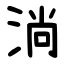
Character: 淌